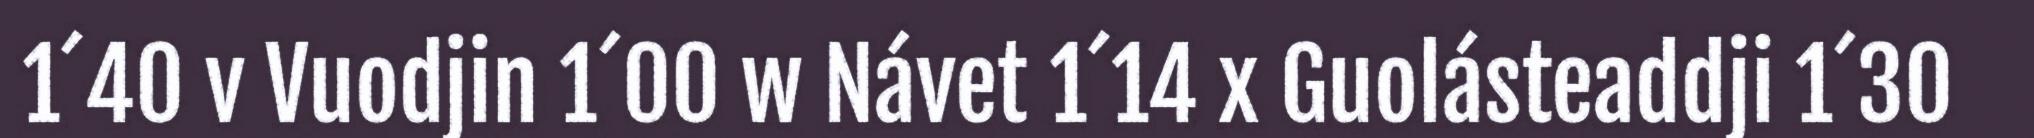
1´40 v Vuodjin 1´00 w Návet 1´14 x Guolásteaddji 1´30